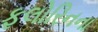
ફલોરિનના